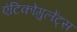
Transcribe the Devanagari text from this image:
एंटिकोगुलेंट्स